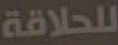
للحلاقة